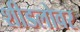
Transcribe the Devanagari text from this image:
शीडलोवर